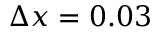
\Delta x = 0 . 0 3